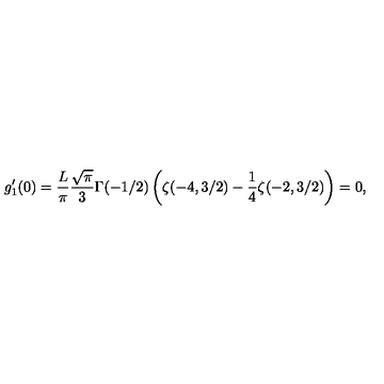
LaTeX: g _ { 1 } ^ { \prime } ( 0 ) = \frac { L } { \pi } \frac { \sqrt { \pi } } { 3 } \Gamma ( - 1 / 2 ) \left( \zeta ( - 4 , 3 / 2 ) - \frac { 1 } { 4 } \zeta ( - 2 , 3 / 2 ) \right) = 0 ,